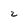
Character: z